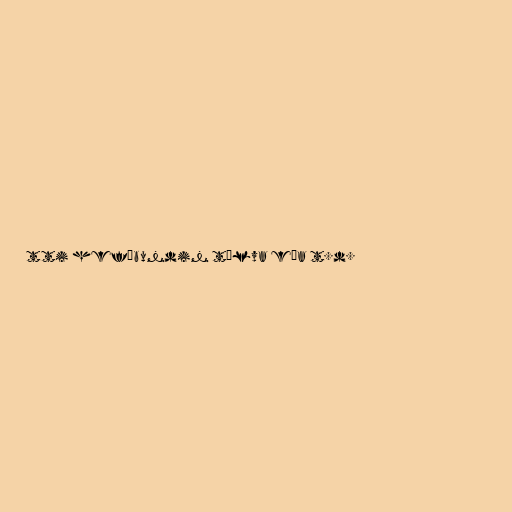
tti hefðbundin tölva eða t.d.